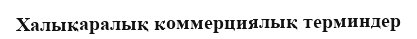
Халықаралық коммерциялық терминдер